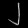
Digit: ၂